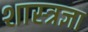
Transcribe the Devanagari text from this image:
शास्त्रज्ञा